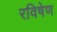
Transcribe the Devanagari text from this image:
रविषेण